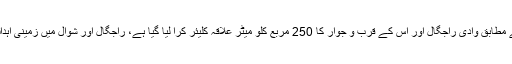
میجر جنرل آصف غفور کے مطابق وادی راجگال اور اس کے قرب و جوار کا 250 مربع کلو میٹر علاقہ کلیئر کرا لیا گیا ہے، راجگال اور شوال میں زمینی اہداف حاصل کر لیے گئے ہیں۔